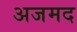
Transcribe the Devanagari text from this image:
अजमद